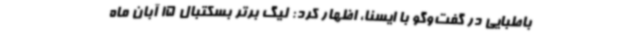
باطبایی در گفت‌وگو با ایسنا، اظهار کرد: لیگ برتر بسکتبال 15 آبان ماه